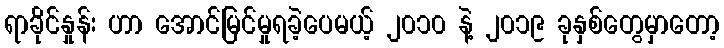
ရာခိုင်နှုန်း ဟာ အောင်မြင်မှုရခဲ့ပေမယ့် ၂၀၁၀ နဲ့ ၂၀၁၉ ခုနှစ်တွေမှာတော့